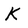
Character: K